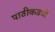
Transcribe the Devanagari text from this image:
पाठीकडची